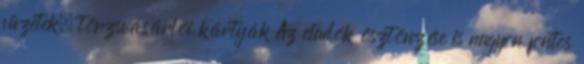
füzetek, törzsvásárlói kártyák Az eladók ösztönzése is nagyon fontos